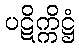
ပဋိက္ကိဋ္ဌံ